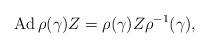
LaTeX: \begin{align*}{\rm Ad}\,\rho (\gamma) Z =\rho (\gamma) Z \rho^{-1}(\gamma), \end{align*}